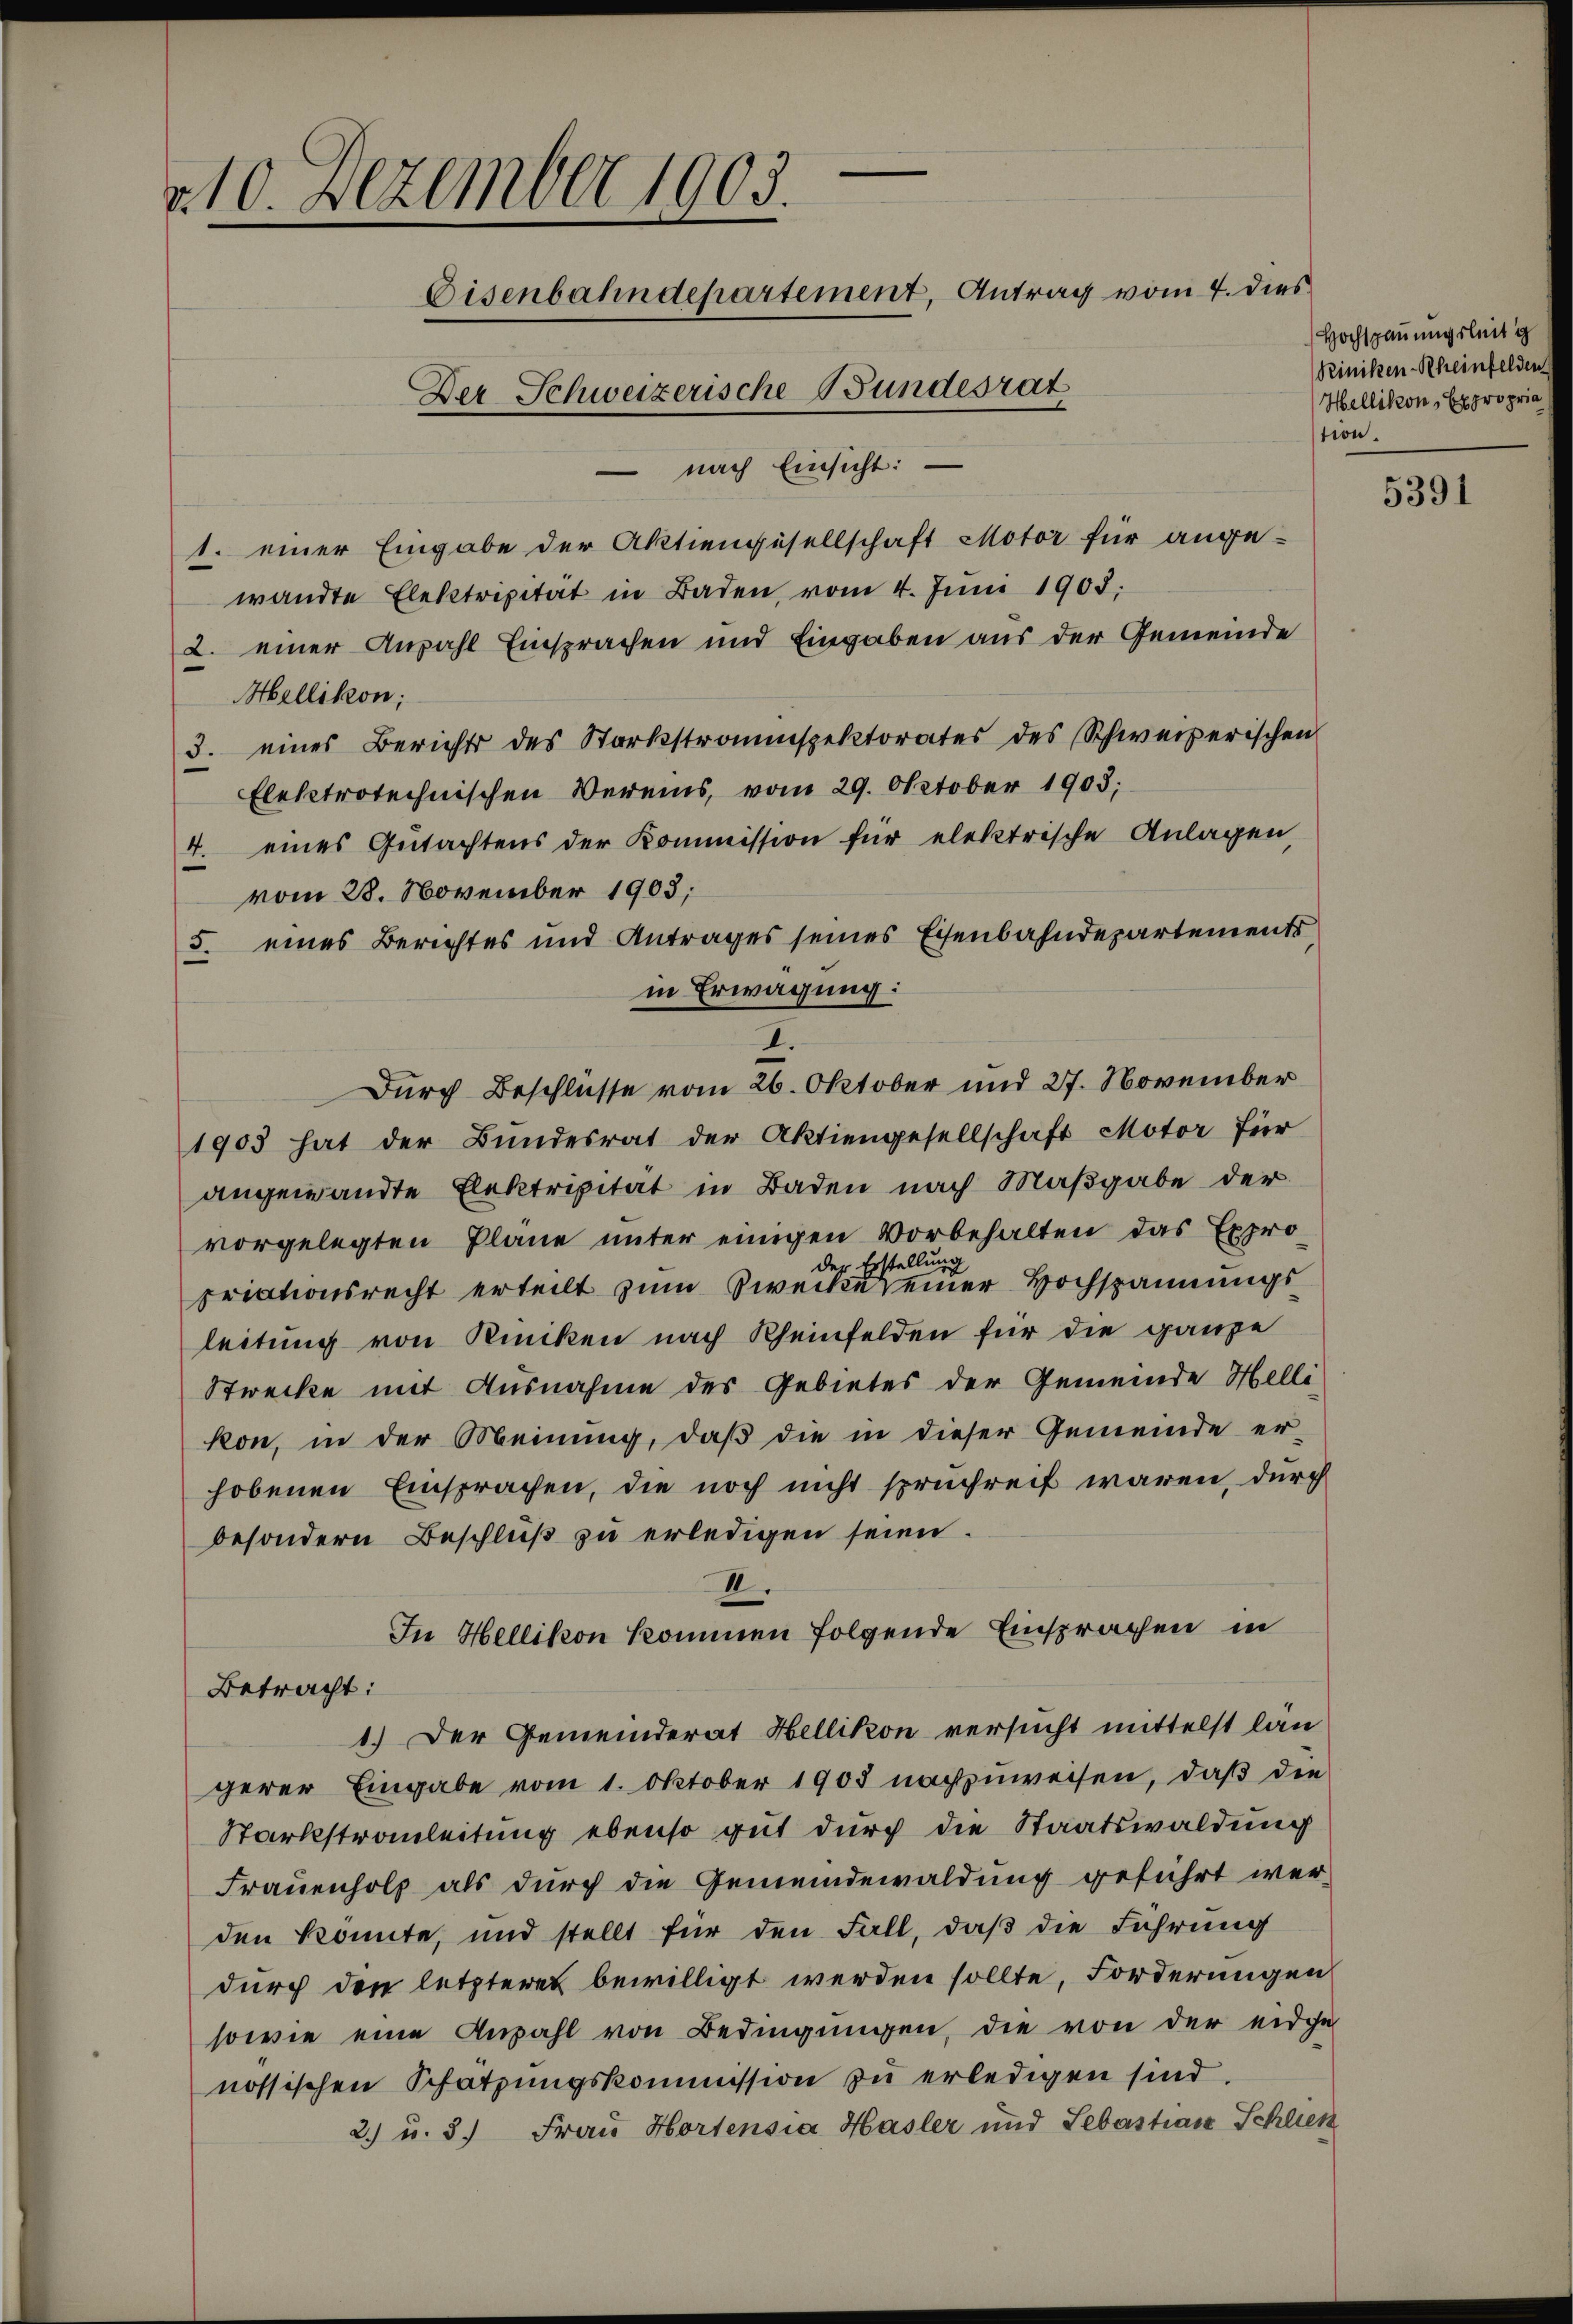
v 10. Dezember 1903.
Eisenbahndepartement, Antrag vom 4. dies
Der Schweizerische Bundesrat
 nach Einsicht:

wandte Elektripität in Baden vom 4. Jŭni 1908.
2. einer Anzahl Einsprachen und Eingaben aus der Gemeinde
Mellikon;
3. eines Berichts des Starkstromspektorates des Schweizerischen
Elektrotechnischen Vereins, vom 29. Oktober 1905;
4. eines Gŭtachtens der Kommission für elektrische Anlagen,
vom 28. November 1905;
5. eines Berechtes und Antrages seines Eisenbahndepartements
in Erwägung:
1903 hat der Bundesrat der Aktiengesellschaft Motor für
angewandte Elektripität in Baden nach Maßgabe der
vorgelegten Pläne unter einigen Vorbehalten das Expro-
llung
eg Erst
priationsrecht erteilt zum Zweckereiner Hochspannungsleitung von Rincken nach Rheinfelden für die ganze
Stwecke mit Ausnahme des Gebietes der Gemeinde Helli
kon, in der Meinung, daß die in dieser Gemeinde er-
hobenen Einsprachen, die noch nicht spruchreit waren, durch
besondern Beschluß zu erledigen seien.
II.
In Hellikon kommen folgende Einsprachen in
Betracht:
1.) Der Gemeinderat Hellikon versucht mittelst län
gerer Eingabe vom 1. Oktober 1903 nachzuweisen, daß die
Starkstrauleitung ebenso gut durch die Staatswaldung
Frauenholz als durch die Gemeindewaldung geführt werden konnte, und stellt für den Fall, daß die Führung
durch den letzteres bewilligt werden sollte, Forderungen
sowie eine Anzahl von Bedingungen, die von der eidge
nössischen Schätzungskommission zu erledigen sind.
2.) u. 3. Frau Hortensia Hasler und Sebastian Schließ

1. einer Eingabe der Aktiengesellschaft Motor für ange-

I.
Durch Beschlüsse vom 26. Oktober und 27. November

Hochschauung
Reiniken Rh
Hellikon,
tion.

5391